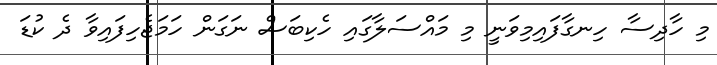
މި ހާދިސާ ހިނގާފައިމިވަނީ މި މައްސަލާގައި ހެކިބަސް ނަގަން ހަމަޖެހިފައިވާ ދެ ކުޑަ